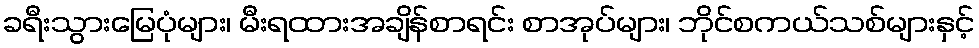
ခရီးသွားမြေပုံများ၊ မီးရထားအချိန်စာရင်း စာအုပ်များ၊ ဘိုင်စကယ်သစ်များနှင့်